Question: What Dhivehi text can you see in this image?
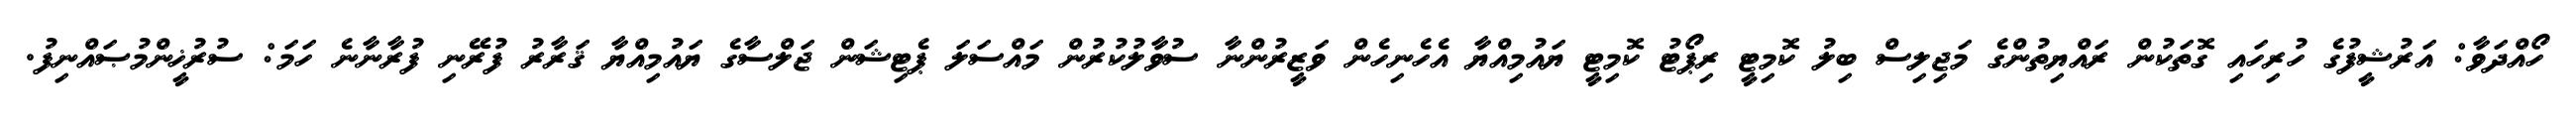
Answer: ހޯއްދަވާ: އަރުޝީފުގެ ހުރިހައި ގޮތަކުން ރައްޔިތުންގެ މަޖިލިސް ބިލު ކޮމިޓީ ރިޕޯޓު ކޮމިޓީ ޔައުމިއްޔާ އެހެނިހެން ވަޒީރުންނާ ސުވާލުކުރުން މައްސަލަ ޕެޓިޝަން ޖަލްސާގެ ޔައުމިއްޔާ ޤަރާރު ފުރޭނި ފުރާނާނެ ހަމަ: ސުރުޚީންމުޞައްނިފު.